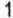
1